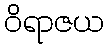
ဝိရာဇယ